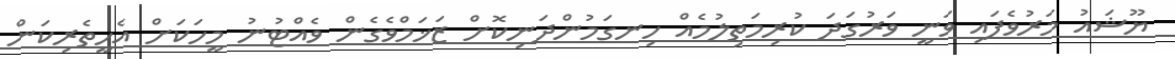
ޔޫޝައު މަރުވެފައި ވަނީ ވަރުގަދަ ކުރިމަތިލުމެއް ހިނގަމުންދަނިކޮށް ޒަޚަމްވެގެން ވެއްޓުނު މީހަކަށް އެހީތެރިކަން